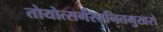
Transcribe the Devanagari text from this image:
तोयोत्सर्गस्तनितमुखरो